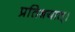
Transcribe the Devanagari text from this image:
प्रतिश्रयात्।